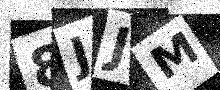
Text: 8JJM